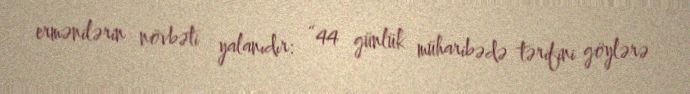
ermənilərin növbəti yalanıdır: “44 günlük müharibədə tərifini göylərə